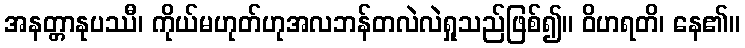
အနတ္တာနုပဿီ၊ ကိုယ်မဟုတ်ဟုအလဘန်တလဲလဲရှုသည်ဖြစ်၍။ ဝိဟရတိ၊ နေ၏။